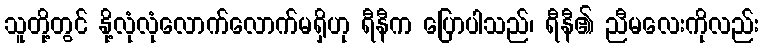
သူတို့တွင် နို့လုံလုံလောက်လောက်မရှိဟု ရီနီက ပြောပါသည်၊ ရီနီ၏ ညီမလေးကိုလည်း